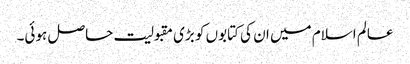
عالم اسلام میں ان کی کتابوں کو بڑی مقبولیت حاصل ہوئی۔